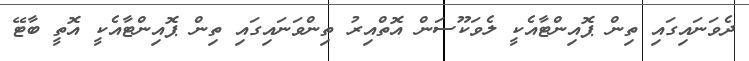
ދެވަނައިގައި ތިން ޕޮއިންޓާއެކީ ލެވަކޫސަން އޮތްއިރު ތިންވަނައިގައި ތިން ޕޮއިންޓާއެކީ އޮތީ ބާޓޭ